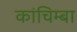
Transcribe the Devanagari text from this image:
कांचिम्बा